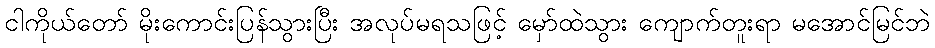
ငါကိုယ်တော် မိုးကောင်းပြန်သွားပြီး အလုပ်မရသဖြင့် မှော်ထဲသွား ကျောက်တူးရာ မအောင်မြင်ဘဲ